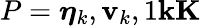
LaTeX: P=\boldsymbol\eta_{k},{\mathbf v}_{k},1\le k\le K